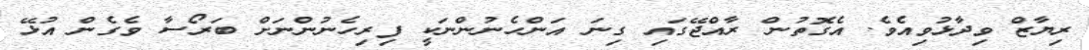
ރިޔާޒް ވިދާޅުވިއެވެ. އެގޮތުން ރާއްޖޭގައި ގިނަ އަންހެނުންނަކީ ފިރިހެނުންނަށް ބަރޯސާ ވެގެން އުޅޭ